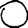
Digit: 0